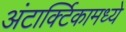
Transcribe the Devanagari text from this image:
अंटार्क्टिकामध्ये